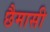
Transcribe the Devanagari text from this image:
छैमासी